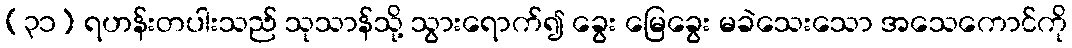
(၃၁) ရဟန်းတပါးသည် သုသာန်သို့ သွားရောက်၍ ခွေး မြေခွေး မခဲသေးသော အသေကောင်ကို